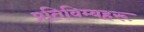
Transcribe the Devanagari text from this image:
प्रतिविम्‍बहरू